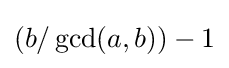
(b/\operatorname {gcd} (a,b))-1